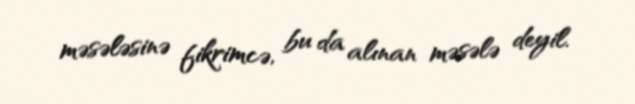
məsələsinə fikrimcə, bu da alınan məsələ deyil.